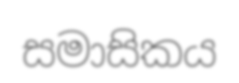
සමාසිකය